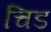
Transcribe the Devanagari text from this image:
चिड